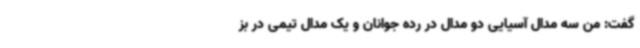
گفت: من سه مدال آسیایی دو مدال در رده جوانان و یک مدال تیمی در بز